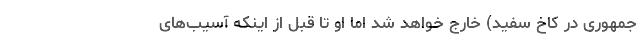
جمهوری در کاخ سفید) خارج خواهد شد اما او تا قبل از اینکه آسیب‌های